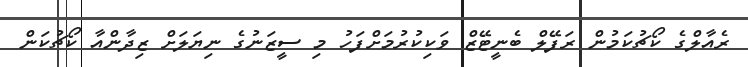
ރެއާލްގެ ކޯޗުކަމުން ރަފޭލް ބެނީޓޭޒް ވަކިކުރުމަށްފަހު މި ސީޒަނުގެ ނިޔަލަށް ޒިދާންއާ ކޯޗުކަން